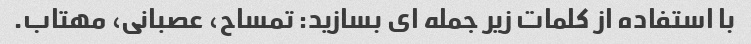
با استفاده از کلمات زیر جمله ای بسازید: تمساح، عصبانی، مهتاب.